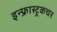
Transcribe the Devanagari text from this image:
इन्फ्रास्ट्रकचर